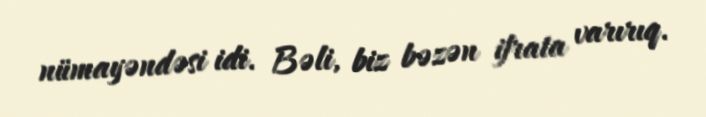
nümayəndəsi idi. Bəli, biz bəzən ifrata varırıq.